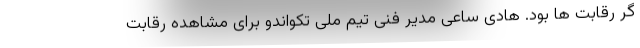
گر رقابت ها بود. هادی ساعی مدیر فنی تیم ملی تکواندو برای مشاهده رقابت